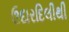
ઉદારદિલીથી